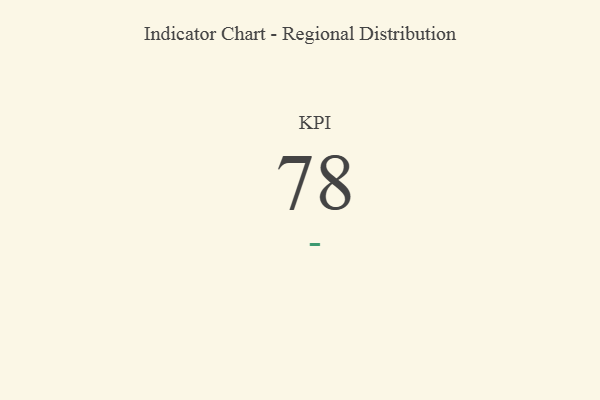
{"axis": {"x": "KPI", "y": "Value"}, "legend": [""], "data": [{"x": "KPI", "y": 78, "type": ""}]}